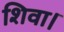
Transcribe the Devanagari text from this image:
शिवा।